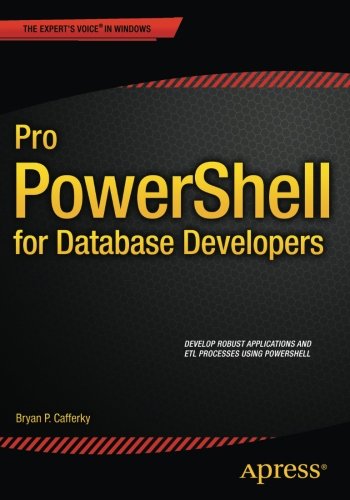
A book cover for Pro PowerShell for Database Developers; Bryan P. Cafferky; Computers & Technology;